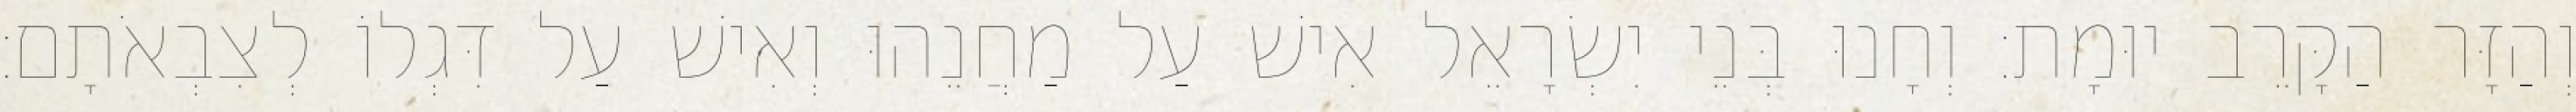
וְהַזָּר הַקָּרֵב יוּמָת׃ וְחָנוּ בְּנֵי יִשְׂרָאֵל אִישׁ עַל מַחֲנֵהוּ וְאִישׁ עַל דִּגְלוֹ לְצִבְאֹתָם׃